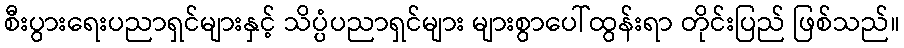
စီးပွားရေးပညာရှင်များနှင့် သိပ္ပံပညာရှင်များ များစွာပေါ်ထွန်းရာ တိုင်းပြည် ဖြစ်သည်။